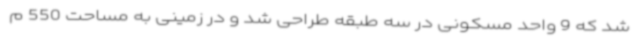
شد که 9 واحد مسکونی در سه طبقه طراحی شد و در زمینی به مساحت 550 م